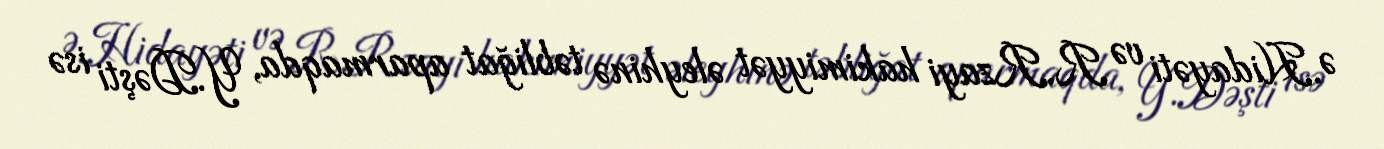
Ə.Hidayəti və R.Rzayi hakimiyyət əleyhinə təbliğat aparmaqda, Y.Dəşti isə